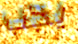
يجب